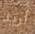
أريد